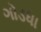
ગોડધા